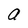
Character: a